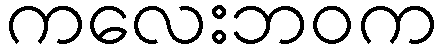
ကလေးဘဝက